Leaving Certificate Examination, 1915
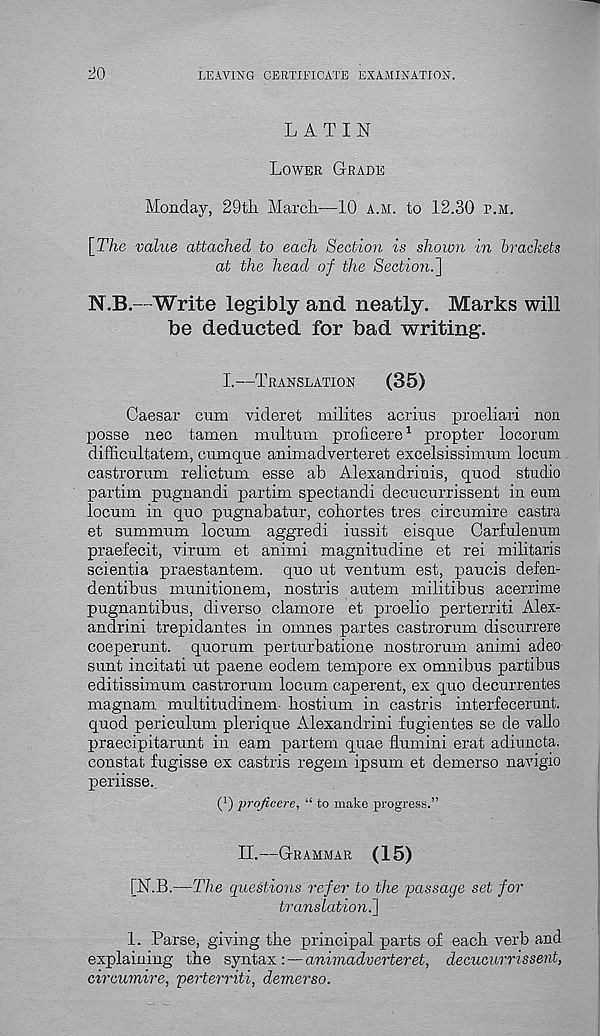
LEAVING CERTIFICATE EXAMINATION.
liO
LATIN
LOWER GRADE
Monday, 29tli March.-—10 A.M. to 12.30 P.M.
[The value attached to each Section is shown in brackets
at the head of the Section.']
N.B.—Write legibly and neatly. Marks will
be deducted for bad writing.
I.—TRANSLATION
(35)
Caesar cum videret milites acrius proeliari non
posse nee tamen multum proficere 1 propter locorum
difficultatem, cumque animadverteret excelsissimum locum
castrorum relictum esse ah Alexandrinis, quod studio
partim pugnandi partim spectandi decucurrissent in eum
locum in quo pugnabatur, cohortes tres circumire castra
et summum locum aggredi iussit eisque Carfulenum
praefecit, virum et animi magnitudine et rei militaris
scientia praestantem. quo ut ventum est, paucis defen-
dentibus munitionem, nostris autem militibus acerrime
pugnantibus, diverse clamore et proelio perterriti Alex-
andria! trepidantes in omnes partes castrorum discurrere
coeperunt. quorum perturbatione nostrorum animi adeo
sunt incitati ut paene eodem tempore ex omnibus partibus
editissimum castrorum locum caperent, ex quo decurrentes
magnam multitudinem- hostium in castris interfecerunt.
quod periculum plerique Alexandrini fugientes se de vallo
praecipitarunt in earn partem quae flumini erat adiuncta.
constat fugisse ex castris regem ipsum et demerso navigio
periisse.
(O projicere, “ to make progress.”
II.—GRAMMAR (15)
[N.B.—The questions refer to the passdjge set for
translation.]
I. Parse, giving the principal parts of each verb and
explaining the syntax: — animadverteret, decucurrissent,
circumire, 'perterriti, demerso.